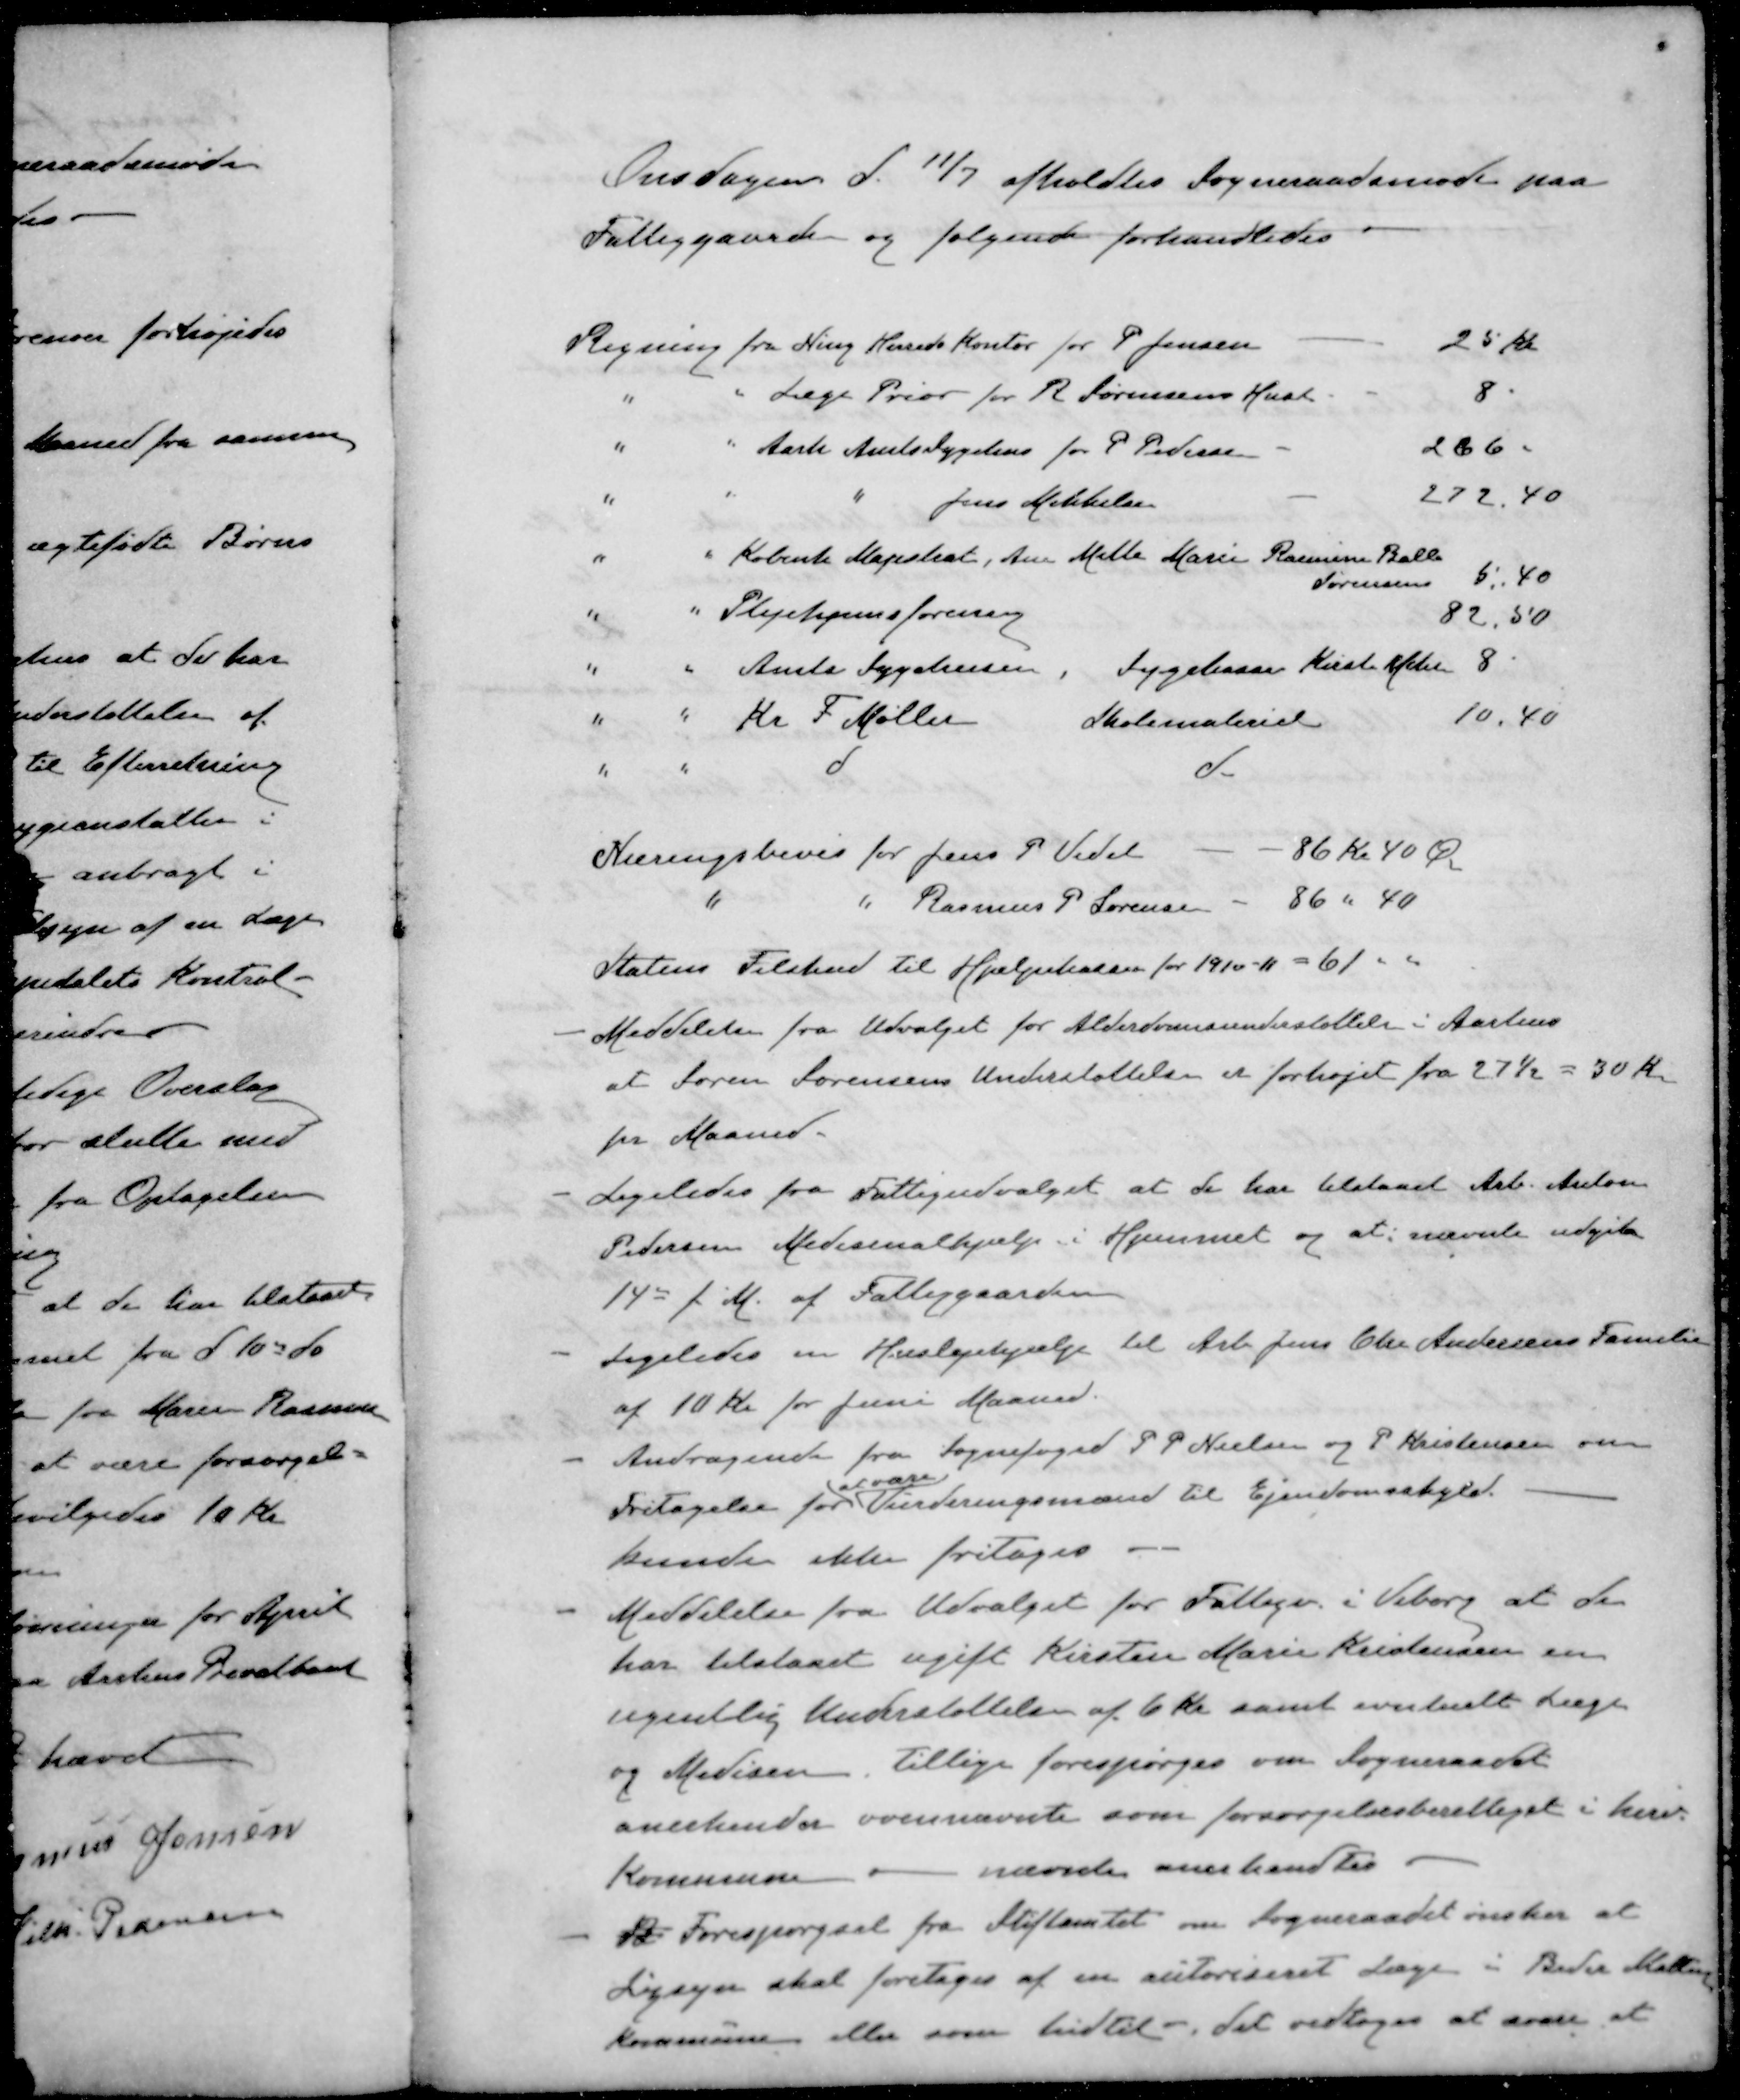
Transskription:
Onsdagen d. 11/7 afholdtes Sogneraadsmøde paa
Fattiggaarden og følgende forhandledes
Regning fra Ning Herreds kontor for P Jensen - 25 Kr.
" " Læge Prior for R Sørensens Hustru - 8.
" " Aarh Amtssygehusen for P Pedersen - 266.
" " " Jens Mikkelsen - 272,40
" " Københ Magistrat, Ane Mette Marie Rasmine Balle
Sørensens 5,40
" " Plejehjemsforening 82,50
" " Amts Sygehusen , Sygekasse Kirste  8
" " Kr F. Møller Skolemateriel 10.40
" " d d
Næringsbevis for Jens P. Vedel - - 86 Kr 40 Øre
" " Rasmus P. Sørensen - 86 " 40
Statens Tilskud til Hjælpekassen for 1910-11 = 61 - "
- Meddelelse fra Udvalget for Alderdomsunderstøttelse i Aarhus
at Søren Sørensens Understøttelse er forhøjet fra 27½ = 30 Kr.
for Maaned.
- Ligeledes fra Fattigudvalget at de har tilstaaet Arb. Anton
Pedersen Medicinalhjælp i Hjemmet og at nævnte udgik
14de f. M. af Fattiggaarden
- Ligeledes en Huslejehjælp til Arb. Jens Chr Andersens Familie
af 10 Kr for Juni Maaned.
- Andragende fra Sognefoged P P Nielsen og P Kristensen om
at vare
Fritagelse for Vurderingsmænd til Ejendomsskyld.
kunde ikke fritages
Meddelelse fra Udvalget for Fattige i Viborg at de
har tilstaaet ugift Kirsten Marie Kristensen en
ugentlig Understøttelse af 6 Kr. samt eventuelt Læge
og Medicin, tillige forespørges om Sogneraadet
anerkender ovennævnte som forsørgelsesberettiget i herv.
Kommune - nævnte anerkendtes
- B Forespørgsel fra Stiftamtet om Sogneraadet ønsker at
Ligsyn skal foretages af en autoriseret Læge i Beder Malling
Kommune, eller som hidtil - det vedtoges at svare at